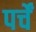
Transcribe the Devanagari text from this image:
पर्चें